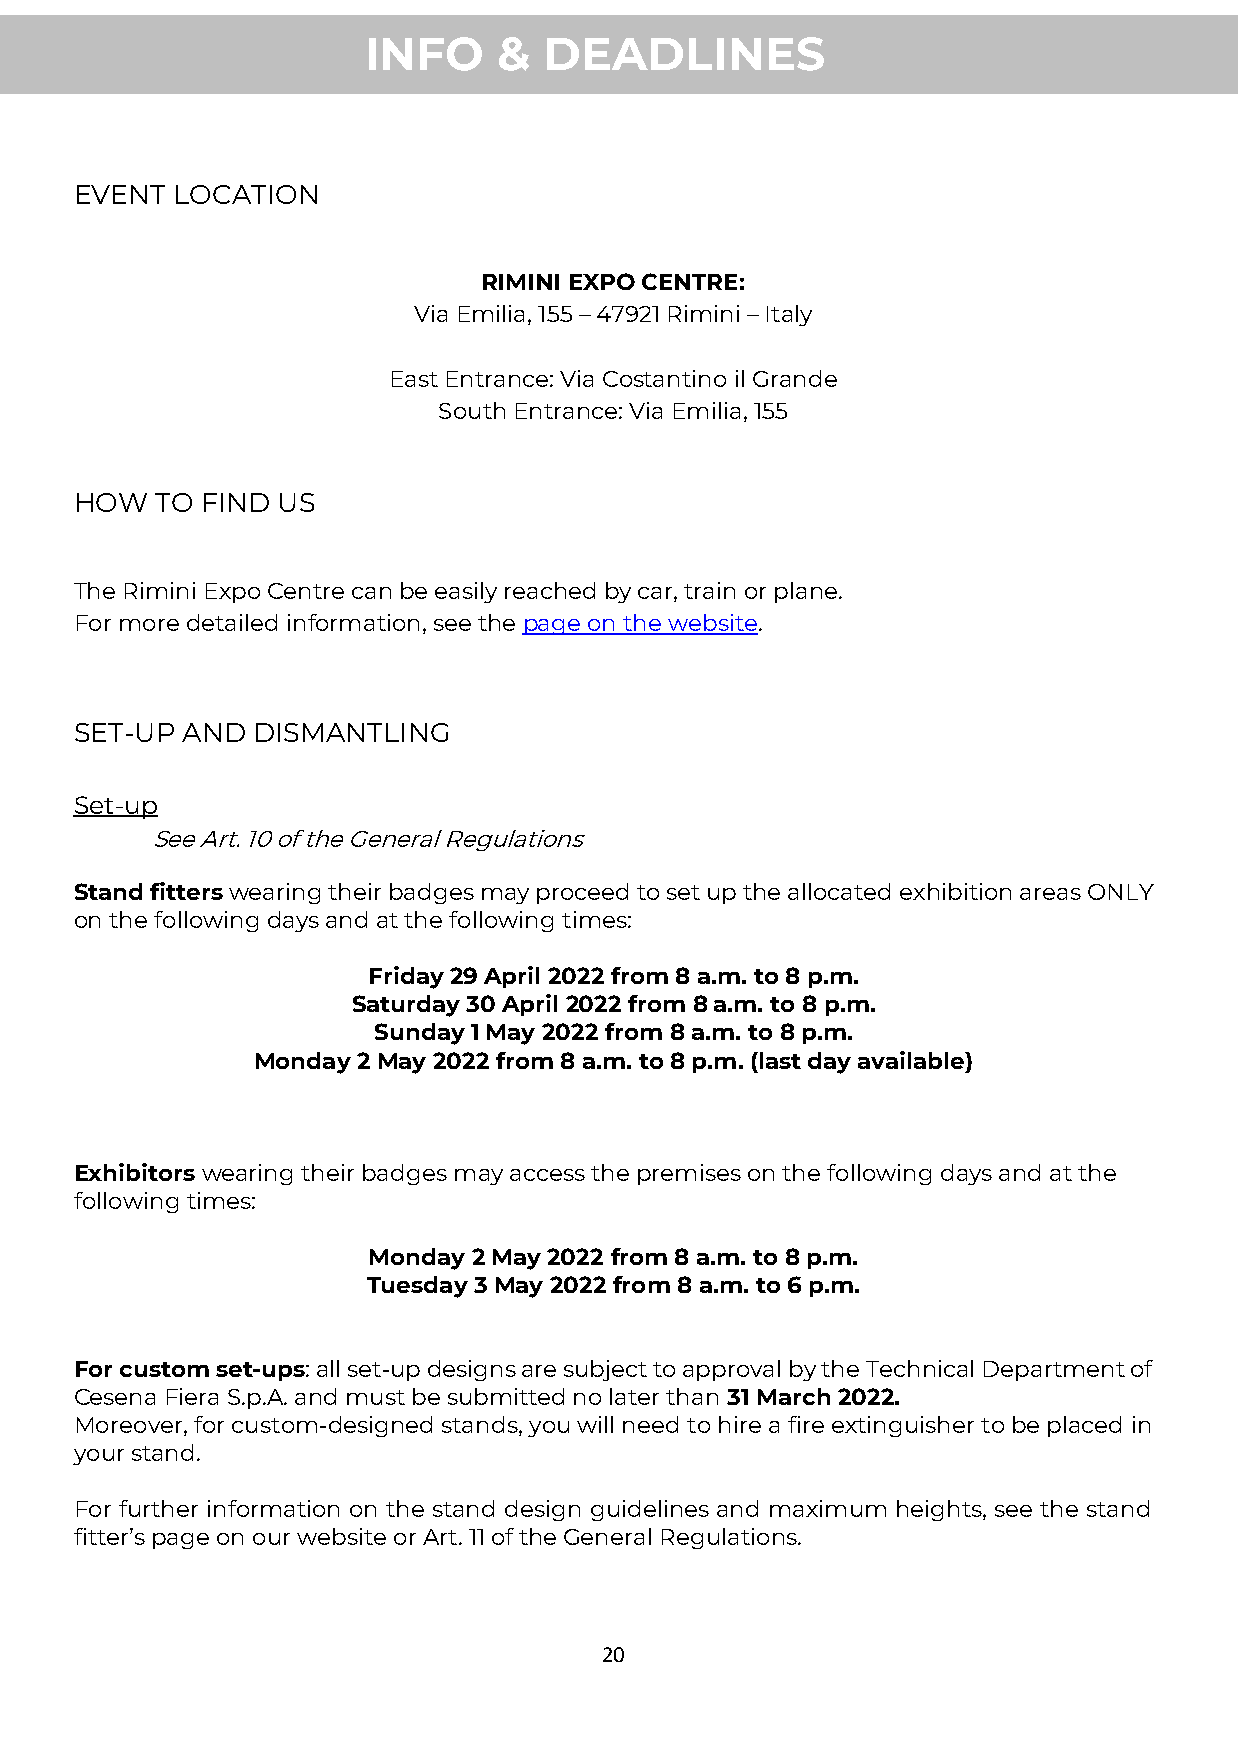
INFO     &  DEADLINES
 EVENT LOCATION
 RIMINI EXPO CENTRE:
 Via Emilia, 155 – 47921 Rimini – Italy
 East Entrance: Via Costantino il Grande
 South Entrance: Via Emilia, 155
 HOW  TO FIND US
 The Rimini Expo Centre can be easily reached by car, train or plane.
 For more detailed information, see the page on the website.
 SET-UP AND  DISMANTLING
 Set-up
 See Art. 10 of the General Regulations
 Stand fitters wearing their badges may proceed to set up the allocated exhibition areas ONLY
 on the following days and at the following times:
 Friday 29 April 2022 from 8 a.m. to 8 p.m.
 Saturday 30 April 2022 from 8 a.m. to 8 p.m.
 Sunday 1 May 2022 from 8 a.m. to 8 p.m.
 Monday 2 May 2022 from 8 a.m. to 8 p.m. (last day available)
 Exhibitors wearing their badges may access the premises on the following days and at the
 following times:
 Monday 2 May 2022 from 8 a.m. to 8 p.m.
 Tuesday 3 May 2022 from 8 a.m. to 6 p.m.
 For custom set-ups: all set-up designs are subject to approval by the Technical Department of
 Cesena Fiera S.p.A. and must be submitted no later than 31 March 2022.
 Moreover, for custom-designed stands, you will need to hire a fire extinguisher to be placed in
 your stand.
 For further information on the stand design guidelines and maximum heights, see the stand
 fitter’s page on our website or Art. 11 of the General Regulations.
 20